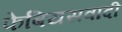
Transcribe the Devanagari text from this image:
फेबियसवादी